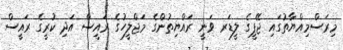
މިރަސްމިއްޔާތުގައި ޖޭޕީގެ ލީޑަރ ވަނީ ރައްޔިތުންގެ މަޖްލީހުގެ ރައީސް އަދި ކުރީގެ ރައީސް